65_HS1-834228961_62-HQ-83894_SUB_A
Agency: FBI
Page 91
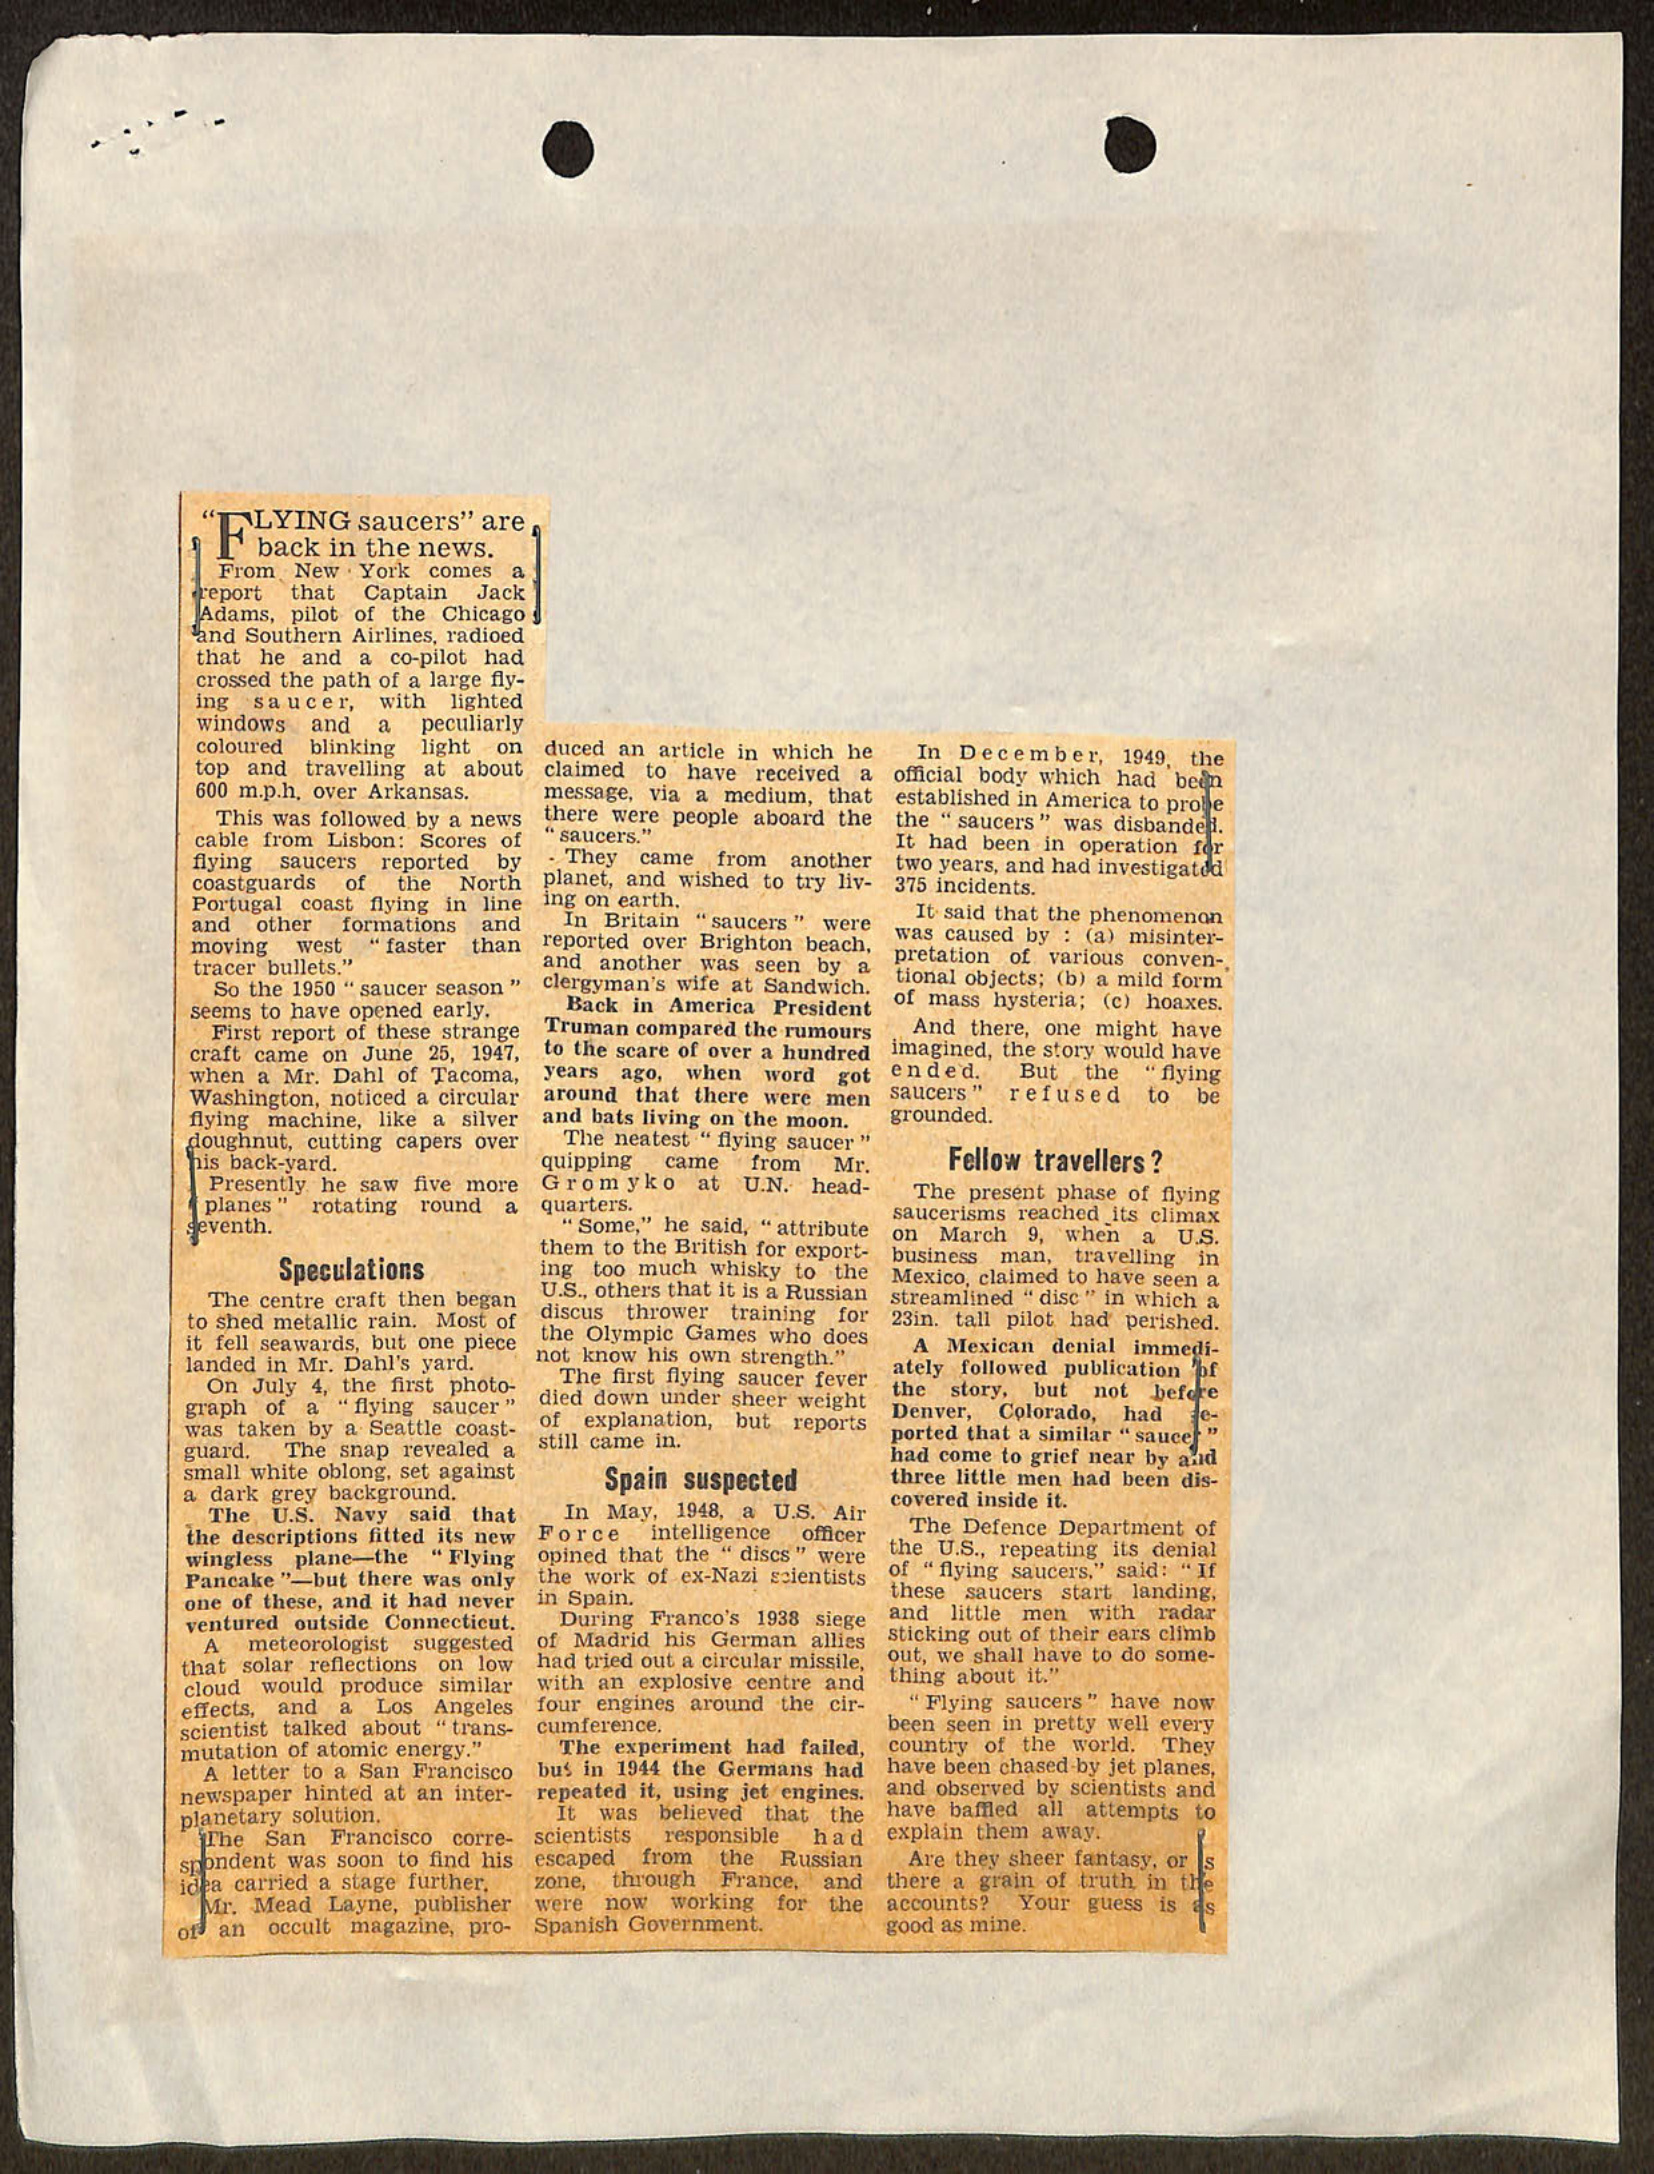